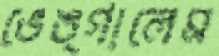
ভেঙ্গালেম